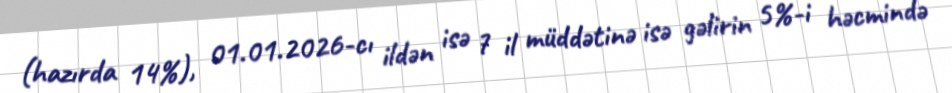
(hazırda 14%), 01.01.2026-cı ildən isə 7 il müddətinə isə gəlirin 5%-i həcmində